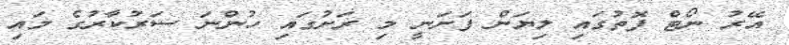
އޭރު ނޯޓް ފޮތުގައި ލިޔަން ފަށަނީ މި ރަށުގައި ހުންނަ ސަރުކާރުގެ މައި